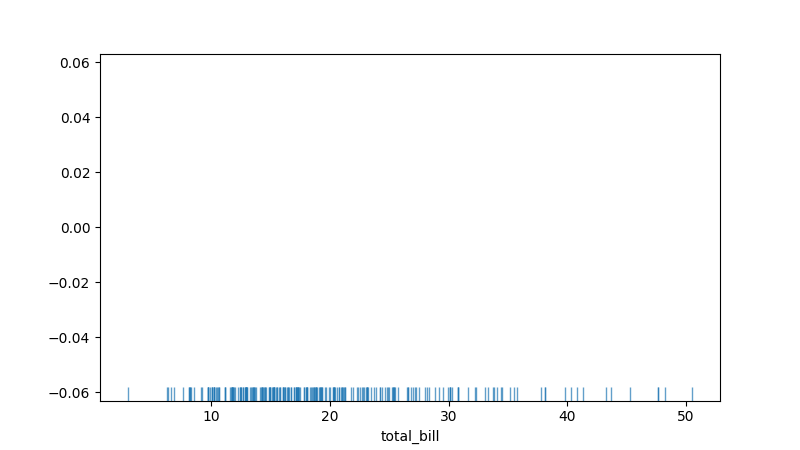
python, seaborn, rugplot, height=0.04, axis='x', alpha=0.7